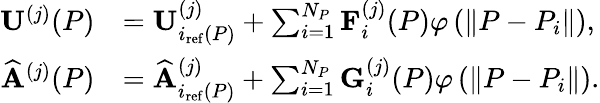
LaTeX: \begin{array}{rl}{\mathbf{U}^{(j)}(P)}&{=\mathbf{U}_{i_{\mathrm{ref}}(P)}^{(j)}+\sum_{i=1}^{N_{P}}\mathbf{F}_{i}^{(j)}(P)\varphi\left(\left\| P-P_{i}\right\| \right),}\\ {\widehat{\mathbf{A}}^{(j)}(P)}&{=\widehat{\mathbf{A}}_{i_{\mathrm{ref}}(P)}^{(j)}+\sum_{i=1}^{N_{P}}\mathbf{G}_{i}^{(j)}(P)\varphi\left(\left\| P-P_{i}\right\| \right).}\end{array}